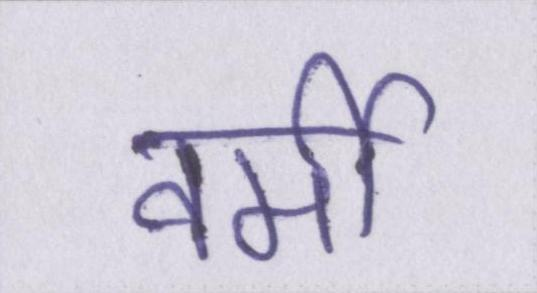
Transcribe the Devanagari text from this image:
वर्मी